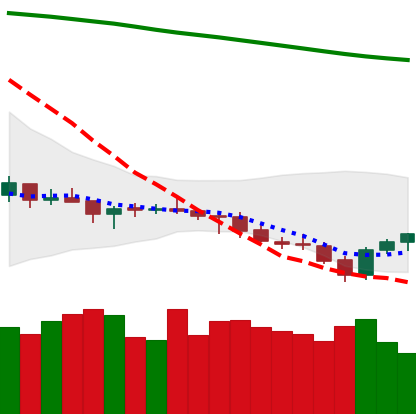
Ticker: LTC-USD
Chart end date: 2021-07-23
Forward return: 12.545%
Label: up_7plus